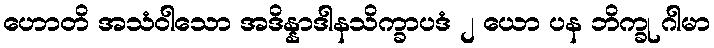
ဟောတိ အသံဝါသော အဒိန္နာဒါနသိက္ခာပဒံ ၂ ယော ပန ဘိက္ခု ဂါမာ